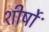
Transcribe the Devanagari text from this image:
शीर्षोॱ